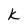
Character: k